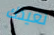
نعيدك